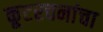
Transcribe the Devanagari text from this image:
कूटरचनांचा